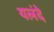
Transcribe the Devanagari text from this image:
यलंदे